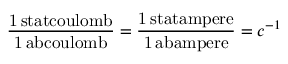
\mathrm { \frac { 1 \, s t a t c o u l o m b } { 1 \, a b c o u l o m b } } = \mathrm { \frac { 1 \, s t a t a m p e r e } { 1 \, a b a m p e r e } } = c ^ { - 1 }